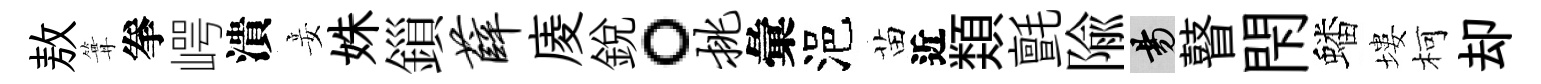
敖篝拳崿潰妾姝鎻薛庱銳。挑彙浥苗近𩔖氈隃昜瞽閇蟠塿柯却